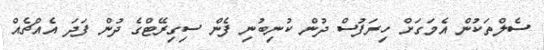
ސެލްތަކުން އެމަގަށް ހިރަފުސް ދުން ކުނިބުނި ފެން ސިގިރޭޓްގެ ދުން ފަދަ އެއްޗެއް